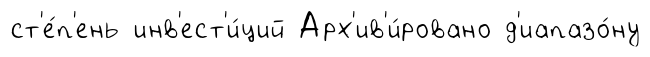
ст'е́п'ень инв'ест'и́ций Арх'ив'и́ровано д'иапазо́ну